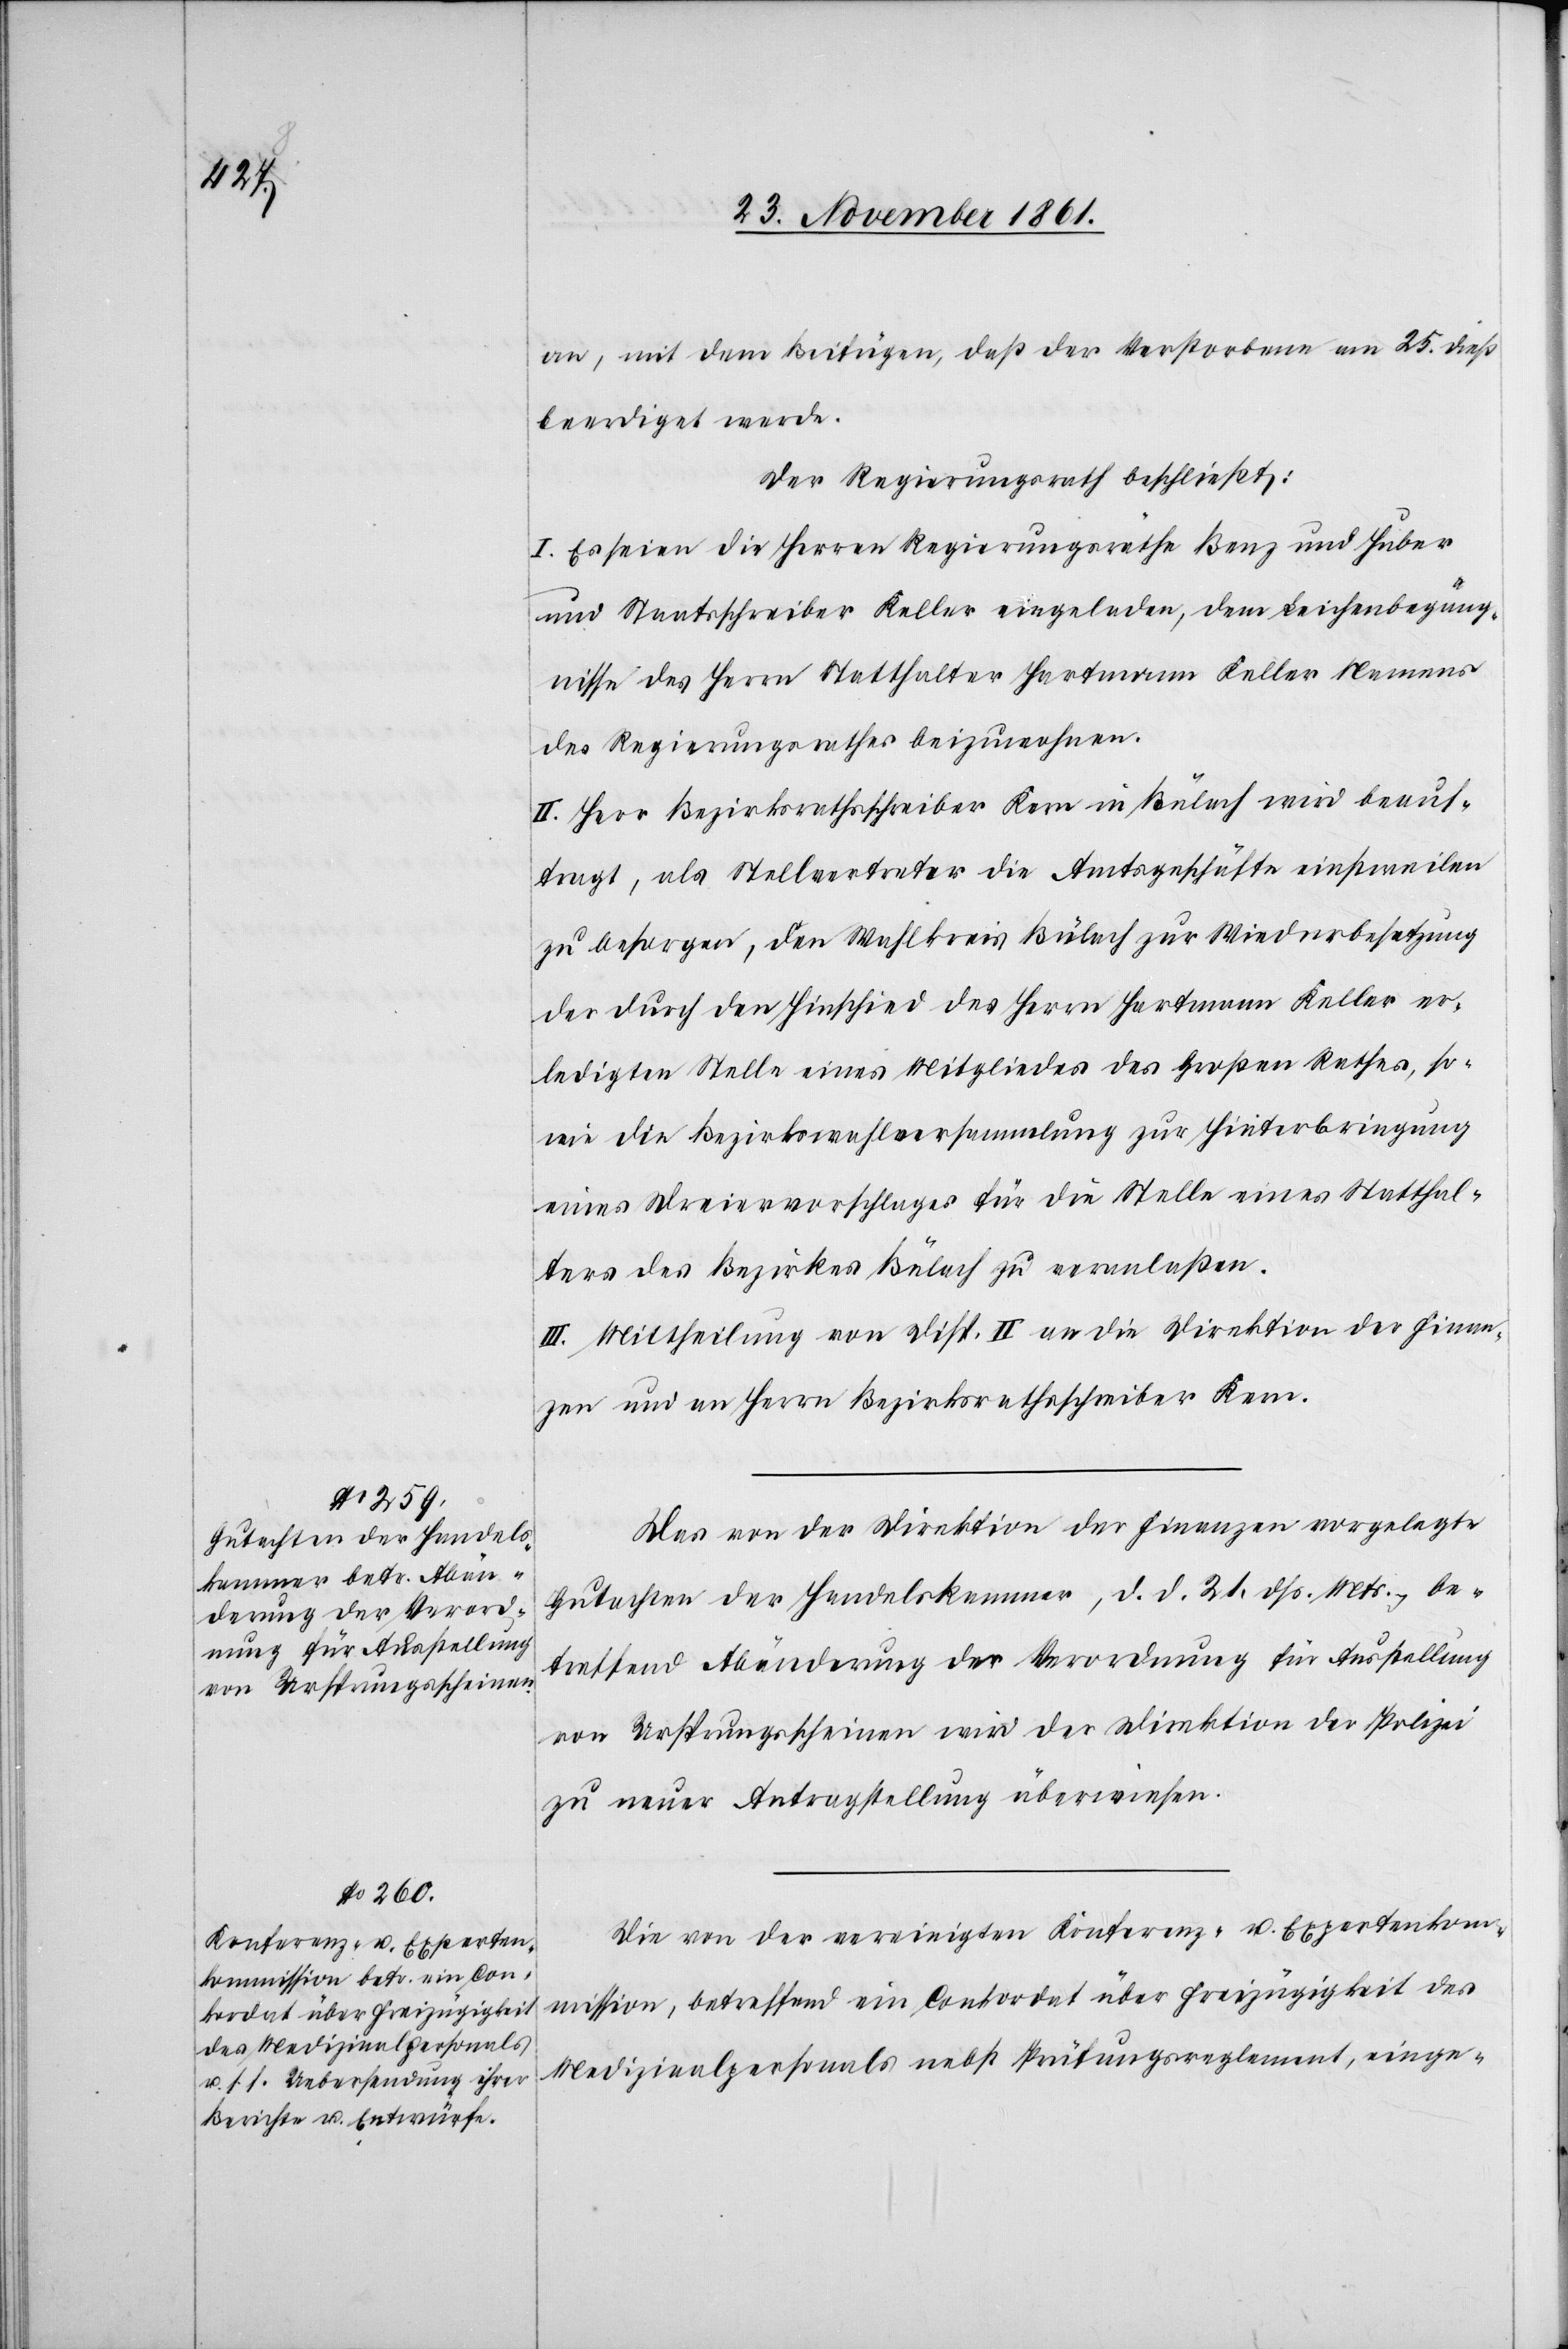
an, mit dem Beifügen, daß der Verstorbene am 25 dieß
beerdiget werde.
Der Regierungsrath beschließt:
I. Es seien die Herren Regierungsräthe Benz und Huber
und Staatsschreiber Keller eingeladen, dem Leichenbezeug¬
nisse des Herrn Statthalter Hartmann Keller Namens
des Regierungsrathes beizuwohnen.
II. Herr Bezirksrathsschreiber Kern in Bülach wird beauf¬
tragt, als Stellvertreter die Amtsgeschäfte einstweilen
zu besorgen, den Wahlkreis Bülach zur Wiederbesetzung
der durch den Hinschied des Herrn Hartmann Keller er¬
ledigten Stelle eines Mitgliedes des Großen Rathes, so¬
wie die Bezirkswahlversammlung zur Hinterbringung
eines Dreiervorschlages für die Stelle eines Statthal¬
ters des Bezirkes Bülach zu veranlaßen.
III. Mittheilung von Disp. II an die Direktion der Finan¬
zen und an Herrn Bezirksrathsschreiber Kern.
Das von der Direktion der Finanzen vorgelegte
Gutachten der Handelskammer, d. d. 21 dß. Mts. be¬
treffend Abänderung der Verordnung für Ausstellung
von Ursprungsscheinen wird der Direktion der Polizei
zu neuer Antragstellung überwiesen.
Die von der vereinigten Konferenz- u. Expertenko¬
mmission, betreffend ein Conkordat über Freizügigkeit des
Medizinalpersonals nebst Prüfungsreglement, einge-